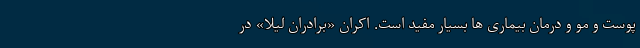
پوست و مو و درمان بیماری ها بسیار مفید است. اکران «برادران لیلا» در